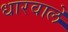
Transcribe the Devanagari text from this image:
धारवाले